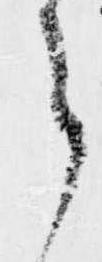
ら